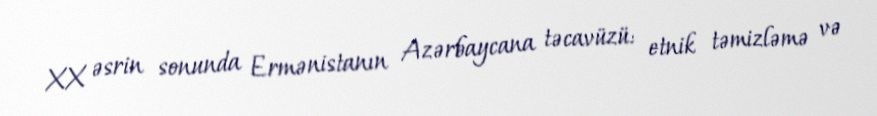
XX əsrin sonunda Ermənistanın Azərbaycana təcavüzü: etnik təmizləmə və